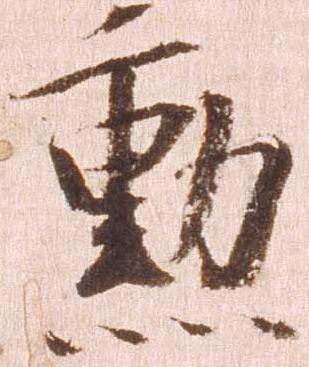
勲